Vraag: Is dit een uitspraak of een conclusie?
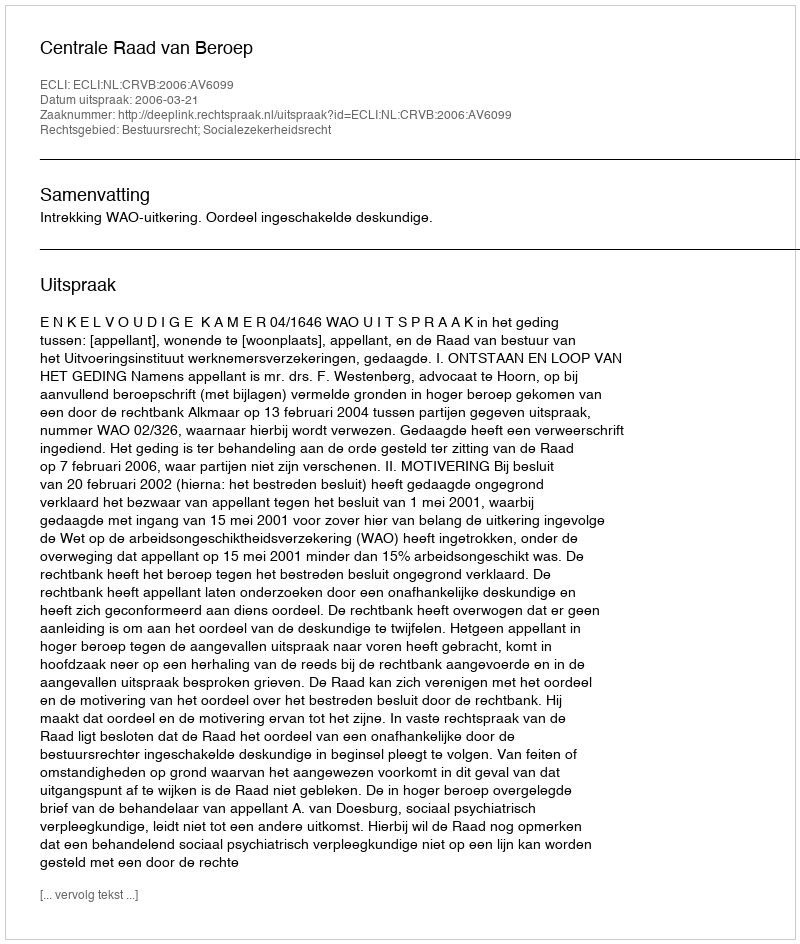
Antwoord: Uitspraak